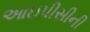
આઇપીસીની